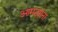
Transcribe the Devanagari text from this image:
आमट्यांना